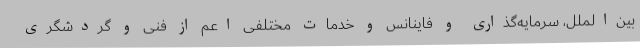
بین‌الملل، سرمایه‌گذاری و فاینانس و خدمات مختلفی اعم از فنی و گردشگری